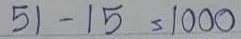
51 - 15 = 1000